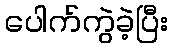
ပေါက်ကွဲခဲ့ပြီး